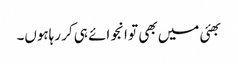
بھئی میں بھی تو انجوائے ہی کر رہاہوں۔